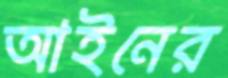
আইনের